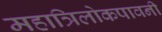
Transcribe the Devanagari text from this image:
महात्रिलोकपावनी